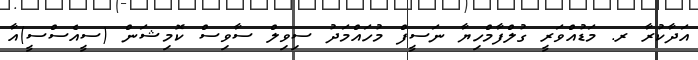
އަދާކުރާ ރ. މަޑުއްވަރީ ގުލްފާމްހިޔާ ނަސީފް މުހައްމަދު ސިވިލް ސާވިސް ކޮމިޝަން (ސީއެސްސީ)އާ